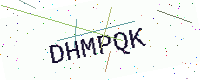
Text: DHMPQK